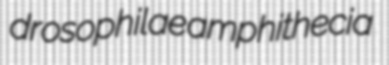
drosophilae amphithecia